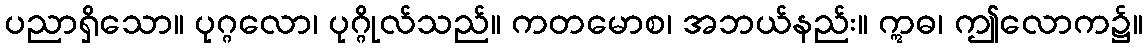
ပညာရှိသော။ ပုဂ္ဂလော၊ ပုဂ္ဂိုလ်သည်။ ကတမောစ၊ အဘယ်နည်း။ ဣဓ၊ ဤလောက၌။